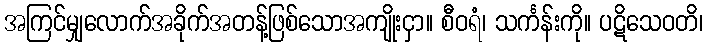
အကြင်မျှလောက်အခိုက်အတန့်ဖြစ်သောအကျိုးငှာ။ စီဝရံ၊ သင်္ကန်းကို။ ပဋိသေဝတိ၊